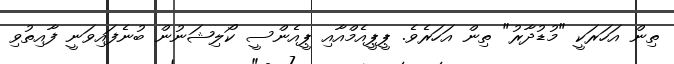
ތިން އަހަރަކީ "މުޑުދާރު" ތިން އަހަރެވެ. ޕީޕީއެމްއާއި ޕީއެންސީ ކޯލިޝަނުން ބުނެފައިވަނީ ފާއިތުވި